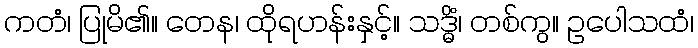
ကတံ၊ ပြုမိ၏။ တေန၊ ထိုရဟန်းနှင့်။ သဒ္ဓိံ၊ တစ်ကွ။ ဥပေါသထံ၊